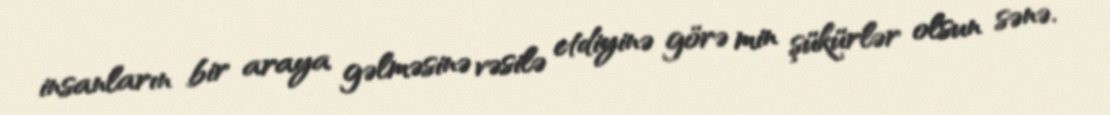
insanların bir araya gəlməsinə vəsilə etdiyinə görə min şükürlər olsun sənə.